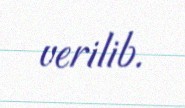
verilib.